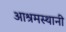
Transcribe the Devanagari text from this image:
आश्रमस्थानी